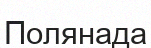
Полянада